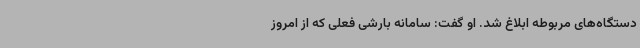
دستگاه‌های مربوطه ابلاغ شد. او گفت: سامانه بارشی فعلی که از امروز